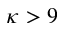
\kappa > 9